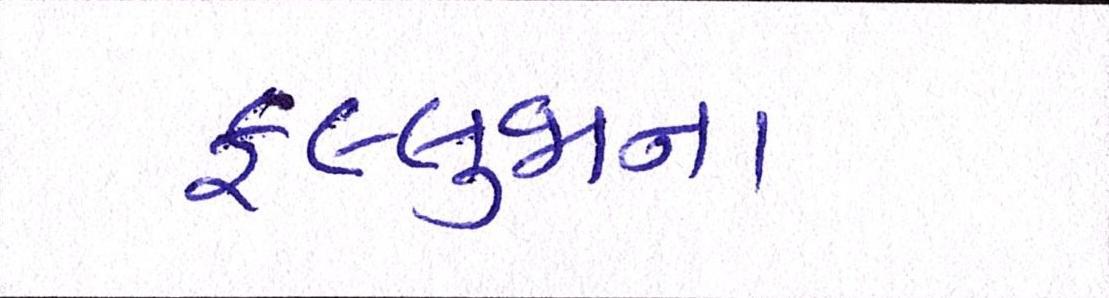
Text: ફલ્લુજાના